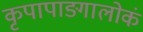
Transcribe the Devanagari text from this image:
कृपापाङ्गालोकं